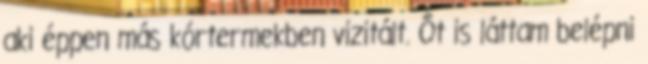
aki éppen más kórtermekben vizitált. Őt is láttam belépni